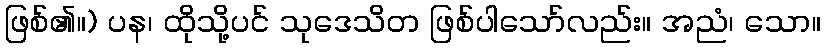
ဖြစ်၏။) ပန၊ ထိုသို့ပင် သုဒေသိတ ဖြစ်ပါသော်လည်း။ အညံ၊ သော။